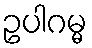
ဥပါဂမ္မ